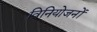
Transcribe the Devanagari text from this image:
विनियोजनों